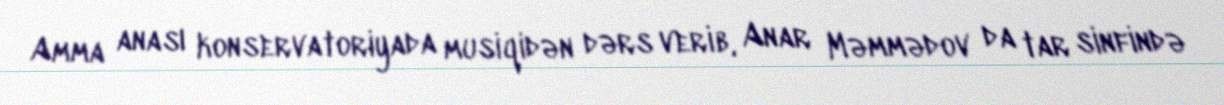
Amma anası konservatoriyada musiqidən dərs verib, Anar Məmmədov da tar sinfində